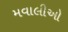
મવાલીઓ